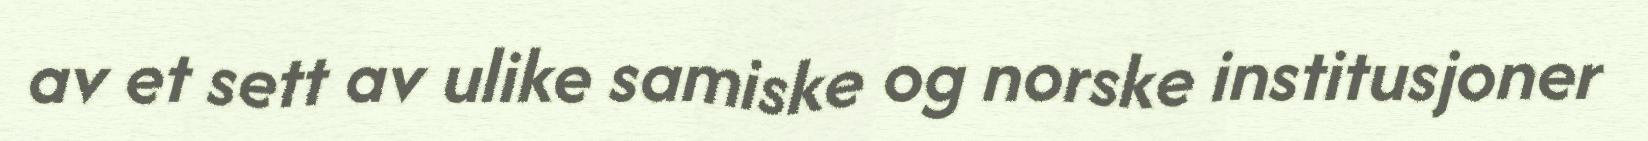
av et sett av ulike samiske og norske institusjoner